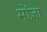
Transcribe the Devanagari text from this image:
मोंज़ा